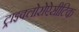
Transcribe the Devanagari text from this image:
ट्राइक्लोरोऐसीटिक